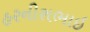
હરનીશભાઇ